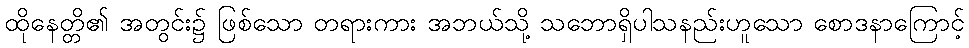
ထိုနေတ္တိ၏ အတွင်း၌ ဖြစ်သော တရားကား အဘယ်သို့ သဘောရှိပါသနည်းဟူသော စောဒနာကြောင့်